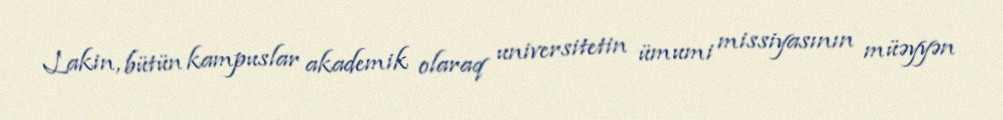
Lakin, bütün kampuslar akademik olaraq universitetin ümumi missiyasının müəyyən